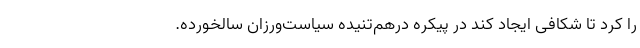
را کرد تا شکافی ایجاد کند در پیکره درهم‌تنیده سیاست‌ورزان سالخورده.